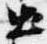
出